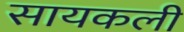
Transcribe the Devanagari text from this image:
सायकली